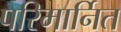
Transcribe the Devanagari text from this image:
परिमार्नित